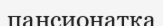
пансионатқа